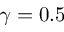
\gamma = 0 . 5